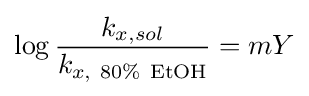
\log {\frac {k_{x,sol}}{k_{x,\ 80\%\ {\ce {EtOH}}}}}=mY